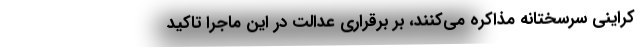
کراینی سرسختانه مذاکره می‌کنند، بر برقراری عدالت در این ماجرا تاکید